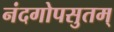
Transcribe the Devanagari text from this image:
नंदगोपसुतम्